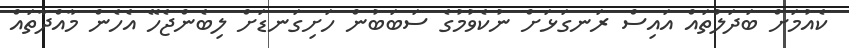
ކެއުމަށް ބަދަލުތައް އައިސް ރަނގަޅަށް ނުކެވުމުގެ ސަބަބުން ހަށިގަނޑަށް ލިބެންޖެހޭ އެހެން މާއްދާތައް